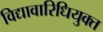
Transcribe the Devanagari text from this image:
विद्यावारिधियुक्त